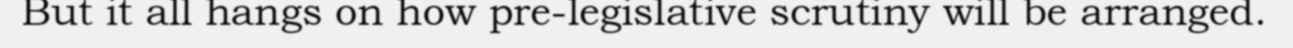
But it all hangs on how pre-legislative scrutiny will be arranged.